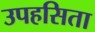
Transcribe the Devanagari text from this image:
उपहसिता